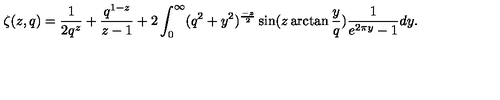
\zeta ( z , q ) = \frac { 1 } { 2 q ^ { z } } + \frac { q ^ { 1 - z } } { z - 1 } + 2 \int _ { 0 } ^ { \infty } ( q ^ { 2 } + y ^ { 2 } ) ^ { \frac { - z } { 2 } } \sin ( z \arctan \frac { y } { q } ) \frac { 1 } { e ^ { 2 \pi y } - 1 } d y .